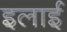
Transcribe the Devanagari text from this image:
इलाई